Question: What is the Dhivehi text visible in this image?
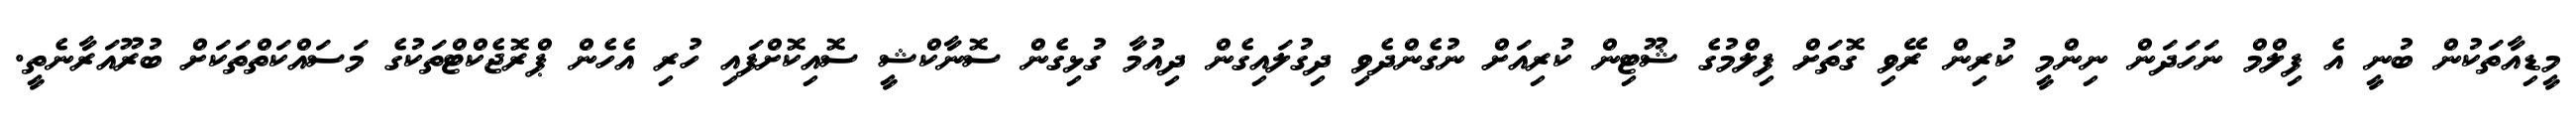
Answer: މީޑިއާތަކުން ބުނީ އެ ފިލްމް ނަހަދަން ނިންމީ ކުރިން ރޭވި ގޮތަށް ފިލްމުގެ ޝޫޓިން ކުރިއަށް ނުގެންދެވި ދިގުލައިގެން ދިއުމާ ގުޅިގެން ސޮނާކްޝީ ސޮއިކޮށްފައި ހުރި އެހެން ޕްރޮޖެކްޓްތަކުގެ މަސައްކަތްތަކަށް ބުރޫއަރާނެތީ.